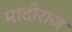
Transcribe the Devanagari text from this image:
मादीराज